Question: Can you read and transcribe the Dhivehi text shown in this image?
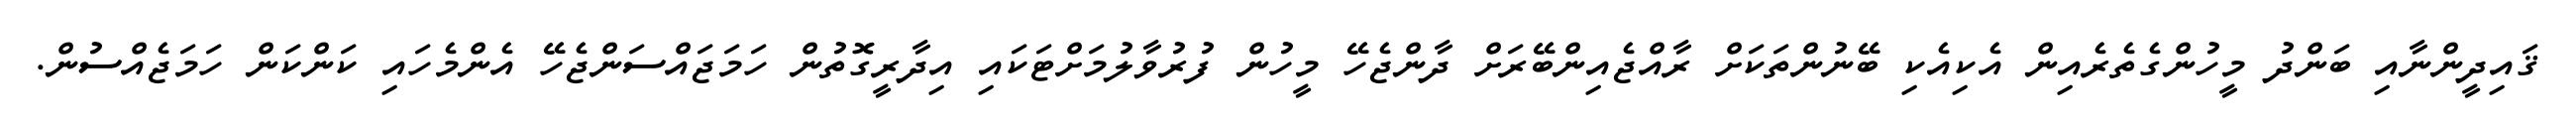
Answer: ޤައިދީންނާއި ބަންދު މީހުންގެތެރެއިން އެކިއެކި ބޭނުންތަކަށް ރާއްޖެއިންބޭރަށް ދާންޖެހޭ މީހުން ފުރުވާލުމަށްޓަކައި އިދާރީގޮތުން ހަމަޖައްސަންޖެހޭ އެންމެހައި ކަންކަން ހަމަޖެއްސުން.